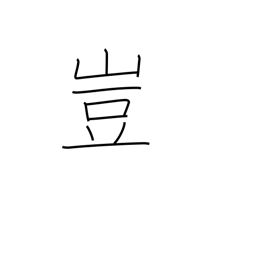
Meaning: an interjection of surprise